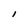
Character: I